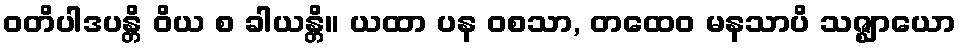
ဝတိပါဒပန္တိ ဝိယ စ ခါယန္တိ။ ယထာ ပန ဝစသာ, တထေဝ မနသာပိ သဇ္ဈာယော